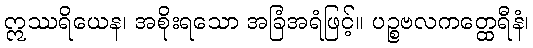
ဣဿရိယေန၊ အစိုးရသော အခြံအရံဖြင့်။ ပဉ္စဗလကတ္ထေရီနံ၊